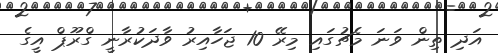
އަދި ތިން ވަނަ މެޗުގައި މިރޭ 10 ޖަހާއިރު ވާދަކުރާނީ ގްރޫޕް އީގެ